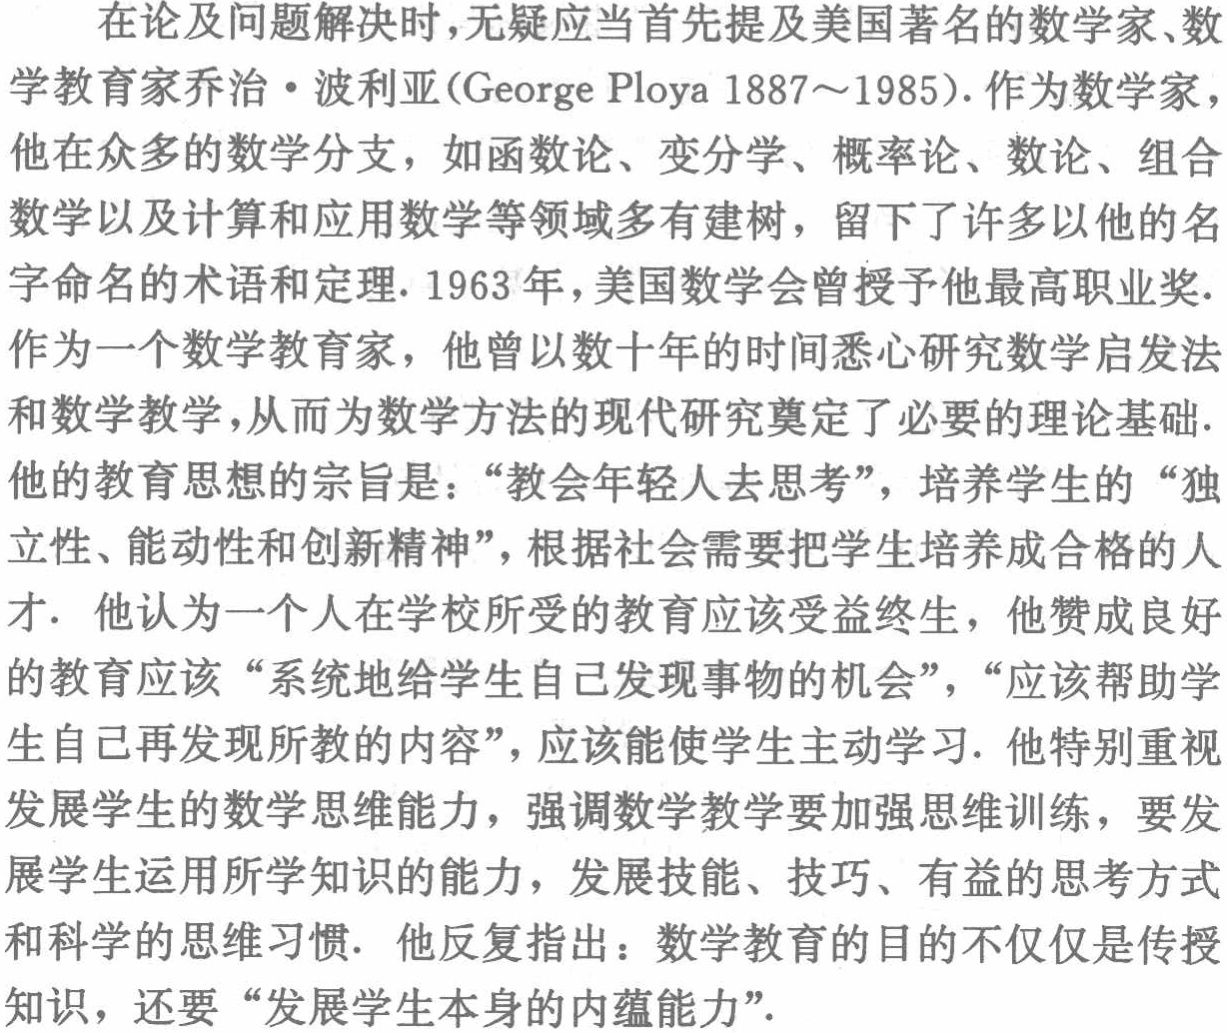
在论及问题解决时,无疑应当首先提及美国著名的数学家、数

学教育家乔治·波利亚(George Ploya 1887～1985). 作为数学家,

他在众多的数学分支，如函数论、变分学、概率论、数论、组合

数学以及计算和应用数学等领域多有建树，留下了许多以他的名

字命名的术语和定理. 1963年，美国数学会曾授予他最高职业奖.

作为一个数学教育家，他曾以数十年的时间悉心研究数学启发法

和数学教学，从而为数学方法的现代研究奠定了必要的理论基础.

他的教育思想的宗旨是：“教会年轻人去思考”，培养学生的“独

立性、能动性和创新精神”，根据社会需要把学生培养成合格的人

才. 他认为一个人在学校所受的教育应该受益终生，他赞成良好

的教育应该“系统地给学生自己发现事物的机会”，“应该帮助学

生自己再发现所教的内容”，应该能使学生主动学习. 他特别重视

发展学生的数学思维能力，强调数学教学要加强思维训练，要发

展学生运用所学知识的能力，发展技能、技巧、有益的思考方式

和科学的思维习惯. 他反复指出：数学教育的目的不仅仅是传授

知识，还要“发展学生本身的内蕴能力”.